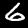
Label: 6